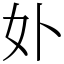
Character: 𭑧